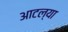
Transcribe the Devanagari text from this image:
आटल्या